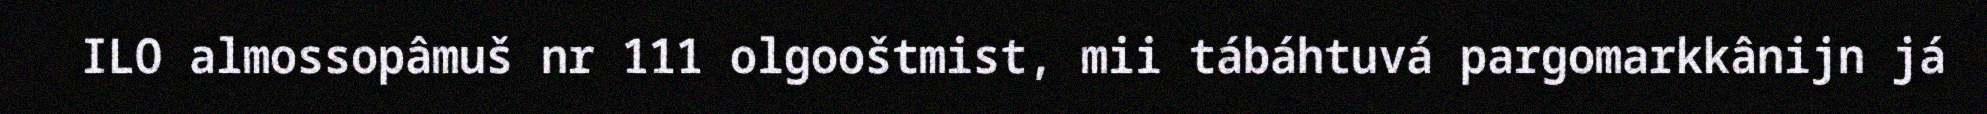
ILO almossopâmuš nr 111 olgooštmist, mii tábáhtuvá pargomarkkânijn já